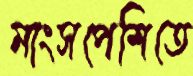
মাংসপেশিতে